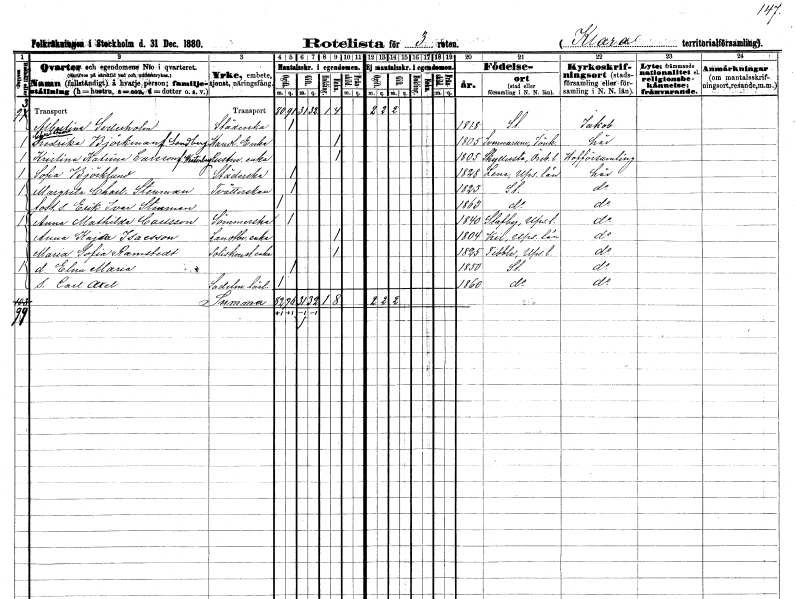
gt_parse: households: individuals: FN: Albertina
EN: Sederholm
YRKE: Städerska
KON: K
CIV: O
FODAR: 1818
FODFORS: Stockholm
FN: Christina Fredrika
EN: Björkman Sandberg
YRKE: Handlandeänka
KON: K
CIV: E
FODAR: 1805
FODFORS: Svenarum Jönköpings län
FN: Kristina Katrina
EN: Larsson Westerberg
YRKE: Rustmästareänka
KON: K
CIV: E
FODAR: 1805
FODFORS: Skyllersta Örebro län
FN: Sofia
EN: Björklund
YRKE: Städerska
KON: K
CIV: O
FODAR: 1828
FODFORS: Lena Uppsala län
FN: Margreta Charlotta
EN: Stenman
YRKE: Tvätterska
KON: K
CIV: O
FODAR: 1823
FODFORS: Stockholm
FN: Erik Ivar
EN: Stenman
KON: M
CIV: O
FODAR: 1863
FODFORS: Stockholm
FN: Anna Mathilda
EN: Carlsson
YRKE: Sömmerska
KON: K
CIV: O
FODAR: 1840
FODFORS: Stavby Uppsala län
FN: Anna Kajsa
EN: Isacsson
YRKE: Lantbrukareänka
KON: K
CIV: E
FODAR: 1804
FODFORS: Kil Uppsala län
FN: Maria Sofia
EN: Ramstedt
YRKE: Poliskonstapelänka
KON: K
CIV: E
FODAR: 1825
FODFORS: Tibble Uppsala län
FN: Elna Maria
KON: K
CIV: O
FODAR: 1850
FODFORS: Stockholm
FN: Carl Axel
YRKE: Sadelmakarelärling
KON: M
CIV: O
FODAR: 1860
FODFORS: Stockholm